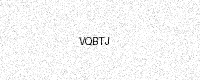
Text: VQBTJ